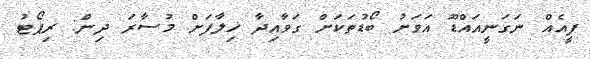
ފީއެއް ނަގަނީއައްޑޫ އަވަށު ބޯޑުތަކަށް ގަވާއިދާ ޚިލާފަށް މުސާރަ ދިން: ރިޕޯޓު